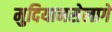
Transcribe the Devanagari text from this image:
मुदियानसेलागे